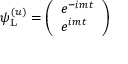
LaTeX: \psi _ { \mathrm { { L } } } ^ { ( u ) } = { \left( \begin{array} { l } { e ^ { - i m t } } \\ { e ^ { i m t } } \end{array} \right) }